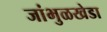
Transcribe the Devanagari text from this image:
जांभुळखेडा